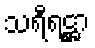
သရီရဋ္ဌာ